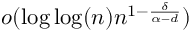
o ( \log \log ( n ) n ^ { 1 - \frac { \delta } { \alpha - d } } )